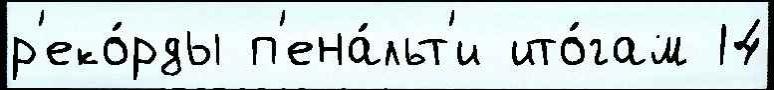
р'еко́рды п'ена́льт'и ито́гам 14